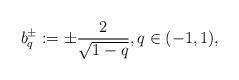
LaTeX: \begin{align*}b_q^\pm := \pm \frac2{\sqrt{1-q}}, q\in(-1,1),\end{align*}